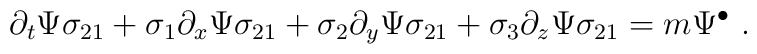
\partial_t \Psi \sigma_{21} + \sigma_{1} \partial_x \Psi \sigma_{21} +   \sigma_{2} \partial_y \Psi \sigma_{21} +   \sigma_{3} \partial_z \Psi \sigma_{21} = m \Psi^{\bullet}~.